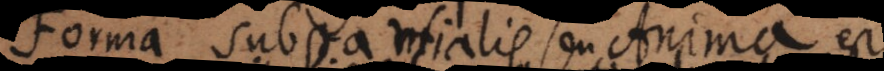
Forma substantialis seu Anima est